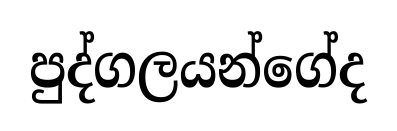
පුද්ගලයන්ගේද